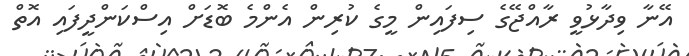
އޭނާ ވިދާޅުވީ ރާއްޖޭގެ ސިފައިން މީގެ ކުރިން އެންމެ ބޮޑަށް އިސްކަންދީފައި އޮތް